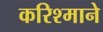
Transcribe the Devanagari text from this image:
करिश्माने